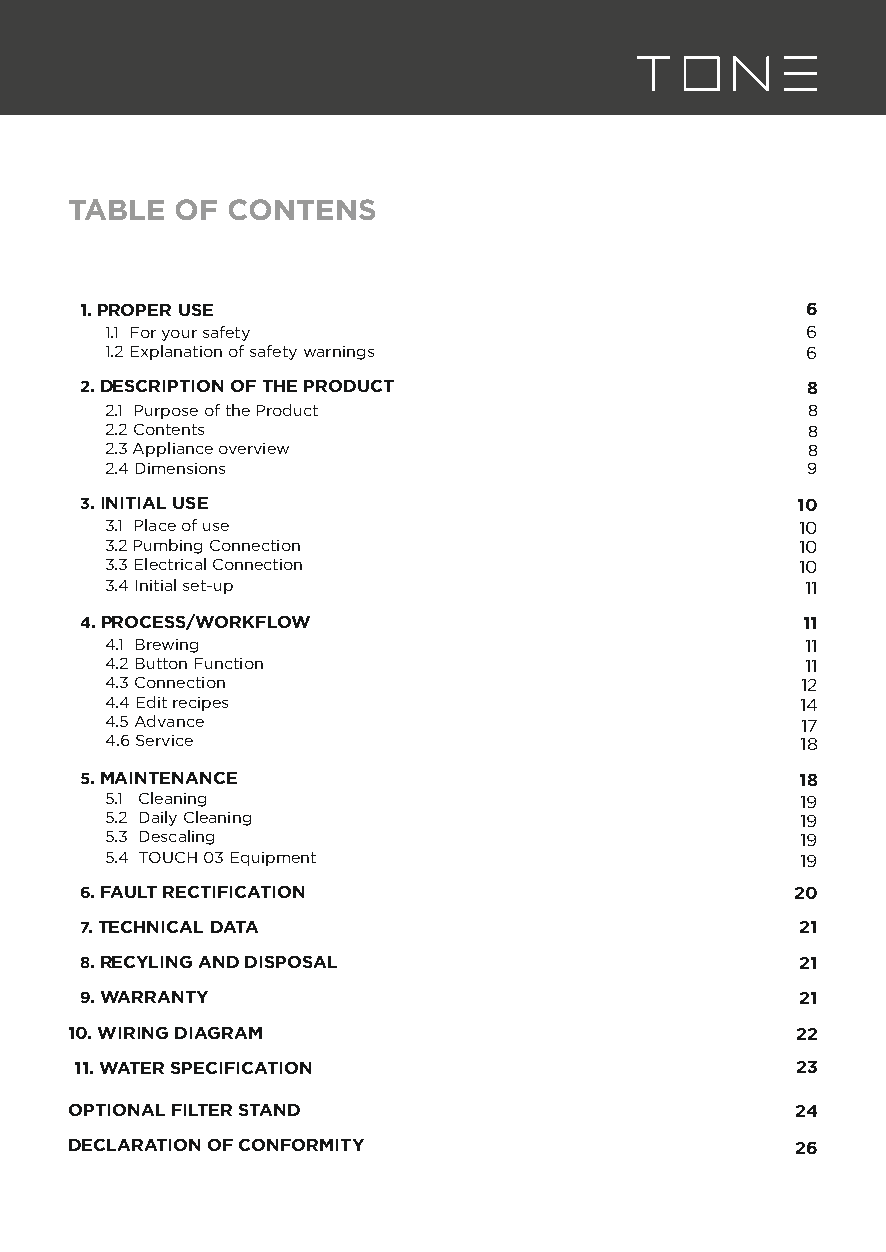
TABLE  OF CONTENS
 1. PROPER USE                                   6
 1.1 For your safety                           6
 1.2 Explanation of safety warnings            6
 2. DESCRIPTION OF THE PRODUCT                   8
 2.1 Purpose of the Product                    8
 2.2 Contents                                  8
 2.3 Appliance overview                        8
 2.4 Dimensions                                9
 3. INITIAL USE                                  10
 3.1 Place of use                              10
 3.2 Pumbing Connection                        10
 3.3 Electrical Connection                     10
 3.4 Initial set-up                            11
 4. PROCESS/WORKFLOW                             11
 4.1 Brewing                                   11
 4.2 Button Function                           11
 4.3 Connection                                12
 4.4 Edit recipes                              14
 4.5 Advance                                   17
 4.6 Service                                   18
 5. MAINTENANCE                                  18
 5.1 Cleaning                                  19
 5.2 Daily Cleaning                            19
 5.3 Descaling                                 19
 5.4 TOUCH 03 Equipment                        19
 6. FAULT RECTIFICATION                          20
 7. TECHNICAL DATA                               21
 8. RECYLING AND DISPOSAL                        21
 9. WARRANTY                                     21
 10. WIRING DIAGRAM                              22
 11. WATER SPECIFICATION                         23
 OPTIONAL FILTER STAND                           24
 DECLARATION OF CONFORMITY                       26